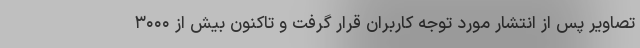
تصاویر پس از انتشار مورد توجه کاربران قرار گرفت و تاکنون بیش از ۳۰۰۰